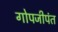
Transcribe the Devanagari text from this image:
गोपजीपंत